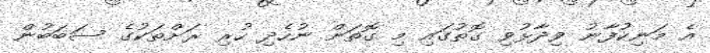
އެ މަނިކުފާނު ވިދާޅުވި ގޮތުގައި މި ގޮތަށް ނުހެދި ހުރި ރަށްތަކުގެ ސަބަބުން